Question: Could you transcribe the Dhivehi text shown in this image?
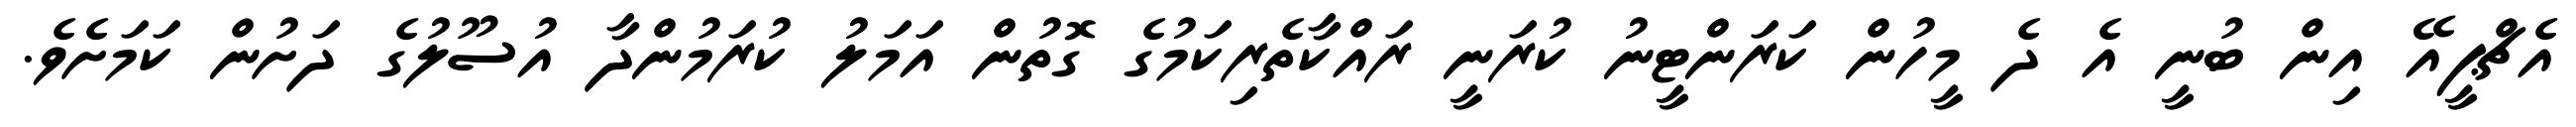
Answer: އެޗްޕީއޭ އިން ބުނީ އެ ދެ މީހުން ކަރަންޓީނު ކުރަނީ ރައްކާތެރިކަމުގެ ގޮތުން އަމަލު ކުރަމުންދާ އުސޫލުގެ ދަށުން ކަމަށެވެ.